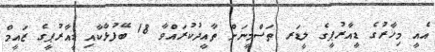
އެއީ މިހާރުގެ ޑީއާރުޕީގެ ލީޑަރ ތަސްމީނަށް ތާއީދުކުރައްވާ 18 ބޭފުޅާކާއި ޑީއާރުޕީގެ ޒައީމް